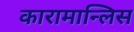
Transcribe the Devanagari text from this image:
कारामान्लिस